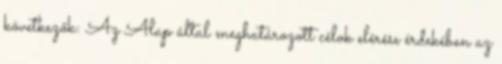
következők: Az Alap által meghatározott célok elérése érdekében az